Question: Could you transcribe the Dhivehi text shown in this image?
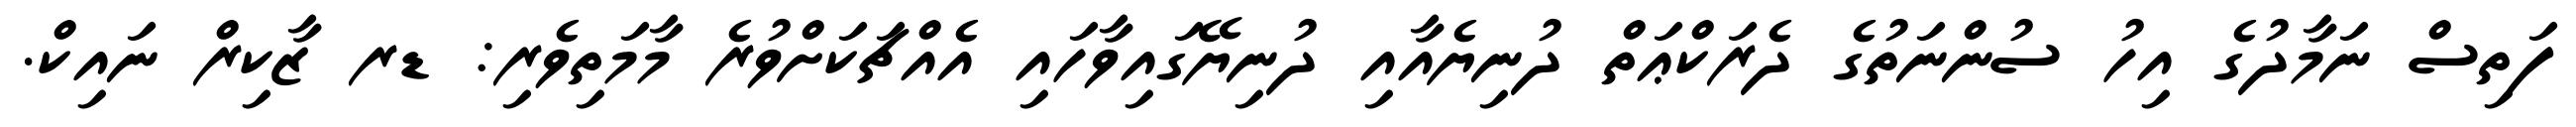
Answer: ފަތިސް ނަމާދުގެ އިހު ސުންނަތުގެ ދެރަކްޢަތް ދުނިޔެއާއި ދުނިޔޭގައިވާހައި އެއްޗަކަށްވުރެ މާމަތިވެރި: ޑރ ޒާކިރް ނައިކް.